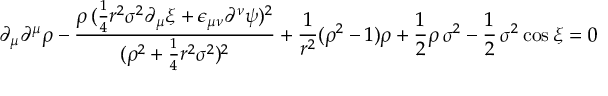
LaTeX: \partial _ { \mu } \partial ^ { \mu } \rho - \frac { \rho \, ( \frac { 1 } { 4 } r ^ { 2 } \sigma ^ { 2 } \partial _ { \mu } \xi + \epsilon _ { \mu \nu } \partial ^ { \nu } \psi ) ^ { 2 } } { ( \rho ^ { 2 } + \frac { 1 } { 4 } r ^ { 2 } \sigma ^ { 2 } ) ^ { 2 } } + \frac { 1 } { r ^ { 2 } } ( \rho ^ { 2 } - 1 ) \rho + \frac { 1 } { 2 } \rho \, \sigma ^ { 2 } - \frac { 1 } { 2 } \, \sigma ^ { 2 } \cos \xi = 0